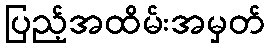
ပြည့်အထိမ်းအမှတ်